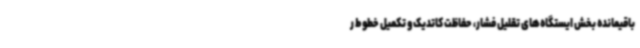
باقیمانده بخش ایستگاه‌های تقلیل فشار، حفاظت کاتدیک و تکمیل خطوط ر